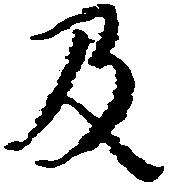
及